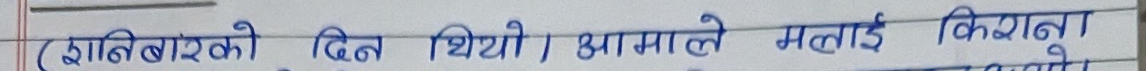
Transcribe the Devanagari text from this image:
(शनिबारको दिन थियो । आमाले मलाई किराना